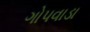
ગોપવાડા